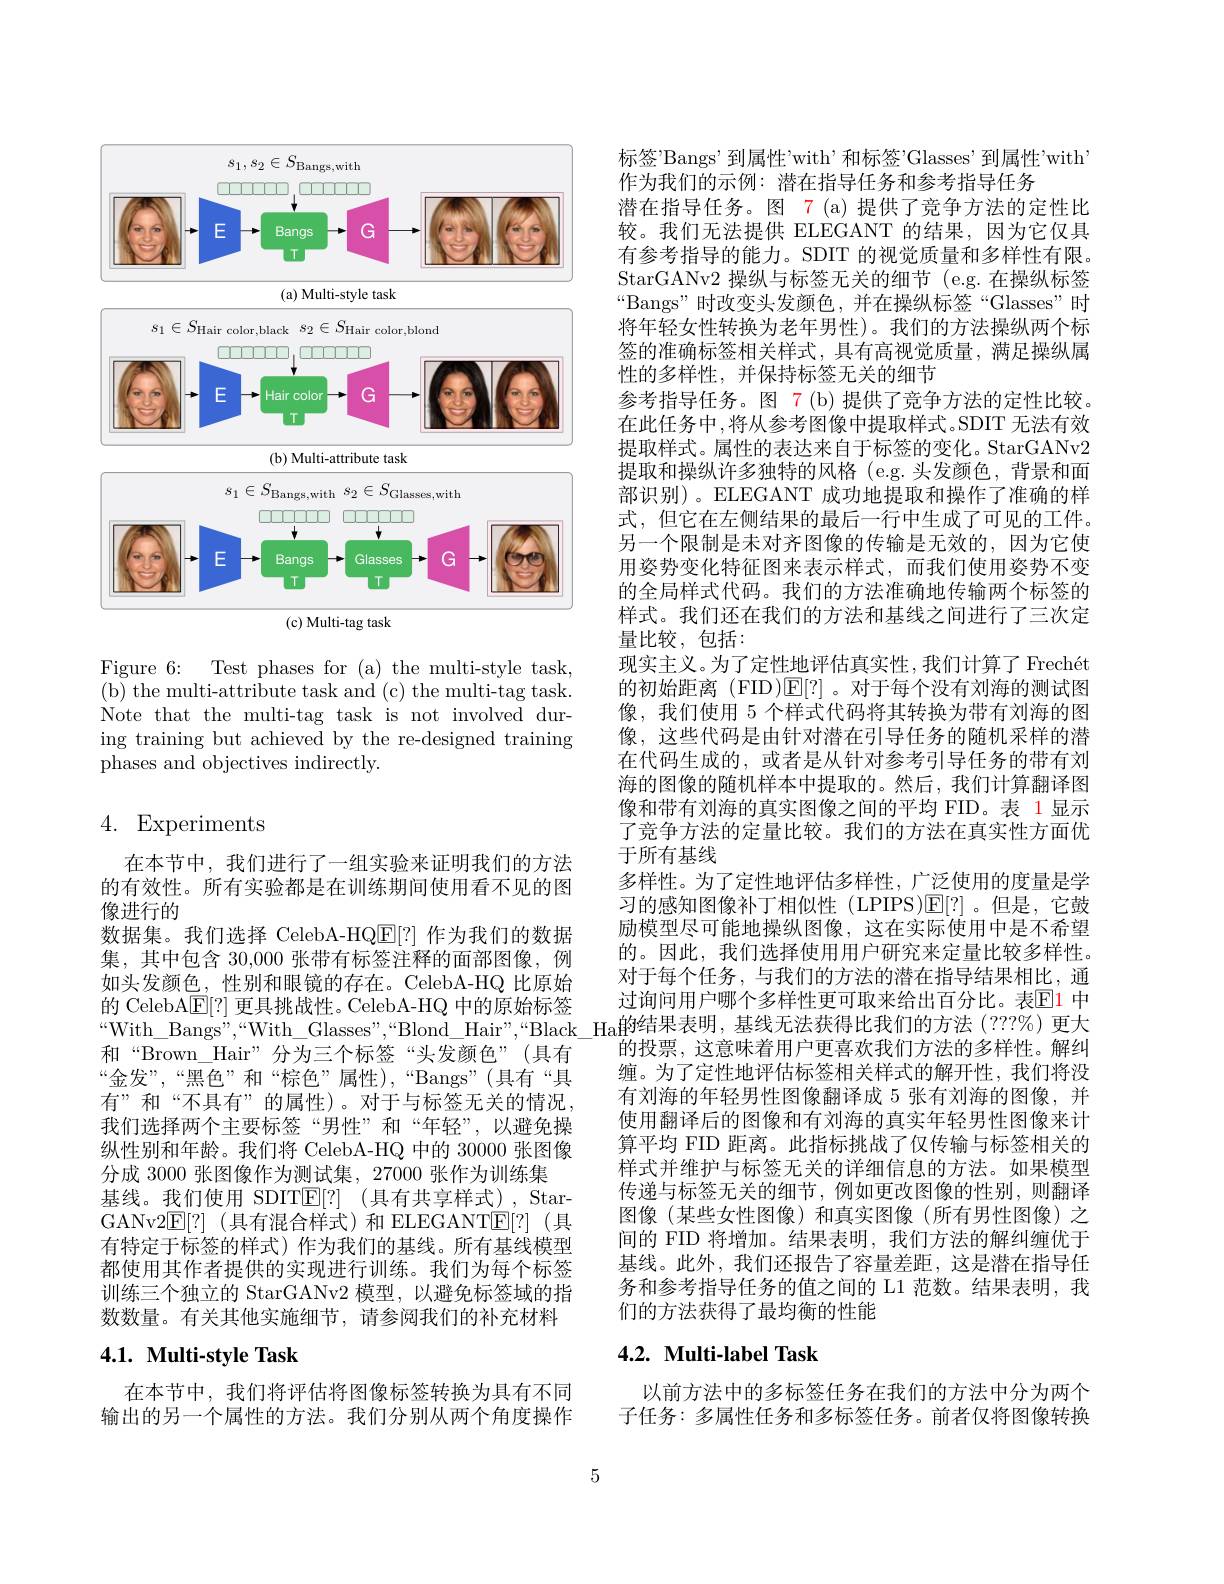
<FigureHere>

Figure 6: Test phases for (a) the multi-style task, ( b) the multi- attribute task and ( c) the multi- tag task. Note that the multi-tag task is not involved during training but achieved by the re-designed training phases and objectives indirectly.

## 4. Experiments

在本节中，我们进行了一组实验来证明我们的方法的有效性。所有实验都是在训练期间使用看不见的图像进行的
数据集。我们选择 CelebA-HQ$\boxed{\mathrm{E}}[?]$作为我们的数据集，其中包含 30,000 张带有标签注释的面部图像，例如头发颜色，性别和眼镜的存在。CelebA-HQ 比原始的 CelebA$\mathbb{E}[?]$更具挑战性。CelebA-HQ 中的原始标签和“Brown\_Hair”分为三个标签“头发颜色”(具有“金发”,“黑色”和“棕色”属性),“Bangs”(具有“具有”和“不具有”的属性)。对于与标签无关的情况， 我们选择两个主要标签“男性”和“年轻”,以避免操纵性别和年龄。我们将 CelebA-HQ 中的 30000 张图像分成 3000 张图像作为测试集，27000 张作为训练集
基线。我们使用 SDIT$\mathbb{E} [ ? ]$ (具有共享样式), StarGANv2E[?)(具有混合样式)和 ELEGANTE[?](具有特定于标签的样式)作为我们的基线。所有基线模型都使用其作者提供的实现进行训练。我们为每个标签训练三个独立的 StarGANv2 模型，以避免标签域的指数数量。有关其他实施细节，请参阅我们的补充材料

## 4.1. Multi-style Task

在本节中，我们将评估将图像标签转换为具有不同输出的另一个属性的方法。我们分别从两个角度操作

5

标签"Bangs'到属性'with’和标签'Glasses'到属性'with'
作为我们的示例：潜在指导任务和参考指导任务
潜在指导任务。图 7 (a) 提供了竞争方法的定性比较。我们无法提供 ELEGANT 的结果，因为它仅具有参考指导的能力。SDIT 的视觉质量和多样性有限。StarGANv2 操纵与标签无关的细节 (e.g.在操纵标签“Bangs”时改变头发颜色，并在操纵标签“Glasses”时将年轻女性转换为老年男性)。我们的方法操纵两个标签的准确标签相关样式，具有高视觉质量，满足操纵属性的多样性，并保持标签无关的细节
参考指导任务。图 7(b)提供了竞争方法的定性比较。在此任务中，将从参考图像中提取样式。SDIT 无法有效提取样式。属性的表达来自于标签的变化。StarGANv2提取和操纵许多独特的风格 (e.g.头发颜色，背景和面部识别)。ELEGANT 成功地提取和操作了准确的样式，但它在左侧结果的最后一行中生成了可见的工件。另一个限制是未对齐图像的传输是无效的，因为它使用姿势变化特征图来表示样式，而我们使用姿势不变的全局样式代码。我们的方法准确地传输两个标签的样式。我们还在我们的方法和基线之间进行了三次定量比较，包括：
现实主义。为了定性地评估真实性，我们计算了 Frechét 的初始距离 (FID)$\mathbb{E}[?]$。对于每个没有刘海的测试图像，我们使用 5 个样式代码将其转换为带有刘海的图像，这些代码是由针对潜在引导任务的随机采样的潜在代码生成的，或者是从针对参考引导任务的带有刘海的图像的随机样本中提取的。然后，我们计算翻译图像和带有刘海的真实图像之间的平均 FID。表 1 显示了竞争方法的定量比较。我们的方法在真实性方面优于所有基线
多样性。为了定性地评估多样性，广泛使用的度量是学习的感知图像补丁相似性(LPIPS)$\mathbb{E}[?]$。但是，它鼓励模型尽可能地操纵图像，这在实际使用中是不希望的。因此，我们选择使用用户研究来定量比较多样性。对于每个任务，与我们的方法的潜在指导结果相比，通过询问用户哪个多样性更可取来给出百分比。表$\color{red}{\mathbb{E}}\color{blue}{1}$ 中
$\begin{aligned}\text{ij CeteonnL[:] 艾共现成性。CereornQ}\\\text{With\_Bangs",“With\_Glasses",“Blond\_Hair”,“Black\_Ha的结果表明，基线无法获得比我们的方法(???\%)更大}\end{aligned}$
的投票，这意味着用户更喜欢我们方法的多样性。解纠缠。为了定性地评估标签相关样式的解开性，我们将没有刘海的年轻男性图像翻译成 5 张有刘海的图像，并使用翻译后的图像和有刘海的真实年轻男性图像来计算平均 FID 距离。此指标挑战了仅传输与标签相关的样式并维护与标签无关的详细信息的方法。如果模型传递与标签无关的细节，例如更改图像的性别，则翻译图像(某些女性图像)和真实图像(所有男性图像)之间的 FID 将增加。结果表明，我们方法的解纠缠优于基线。此外，我们还报告了容量差距，这是潜在指导任务和参考指导任务的值之间的 L1 范数。结果表明，我们的方法获得了最均衡的性能

## 4.2. Multi-label Task

以前方法中的多标签任务在我们的方法中分为两个子任务：多属性任务和多标签任务。前者仅将图像转换